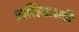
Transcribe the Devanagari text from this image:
अतिकामी